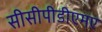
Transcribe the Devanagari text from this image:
सीसीपीडीएमए